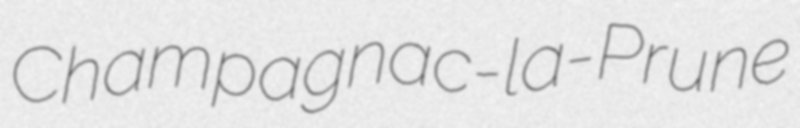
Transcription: Champagnac-la-Prune